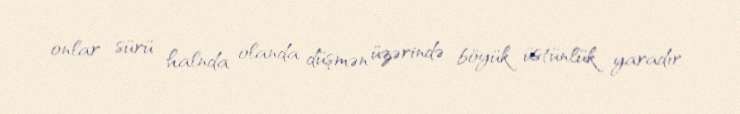
onlar sürü halnda olanda düşmən üzərində böyük üstünlük yaradır.